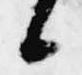
候